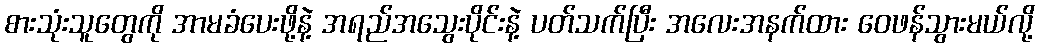
စားသုံးသူတွေကို အာမခံပေးဖို့နဲ့ အရည်အသွေးပိုင်းနဲ့ ပတ်သက်ပြီး အလေးအနက်ထား ဝေဖန်သွားမယ်လို့